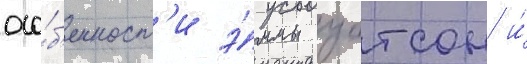
осо́б'енност'и э́ммы уотсон и́